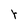
Character: r